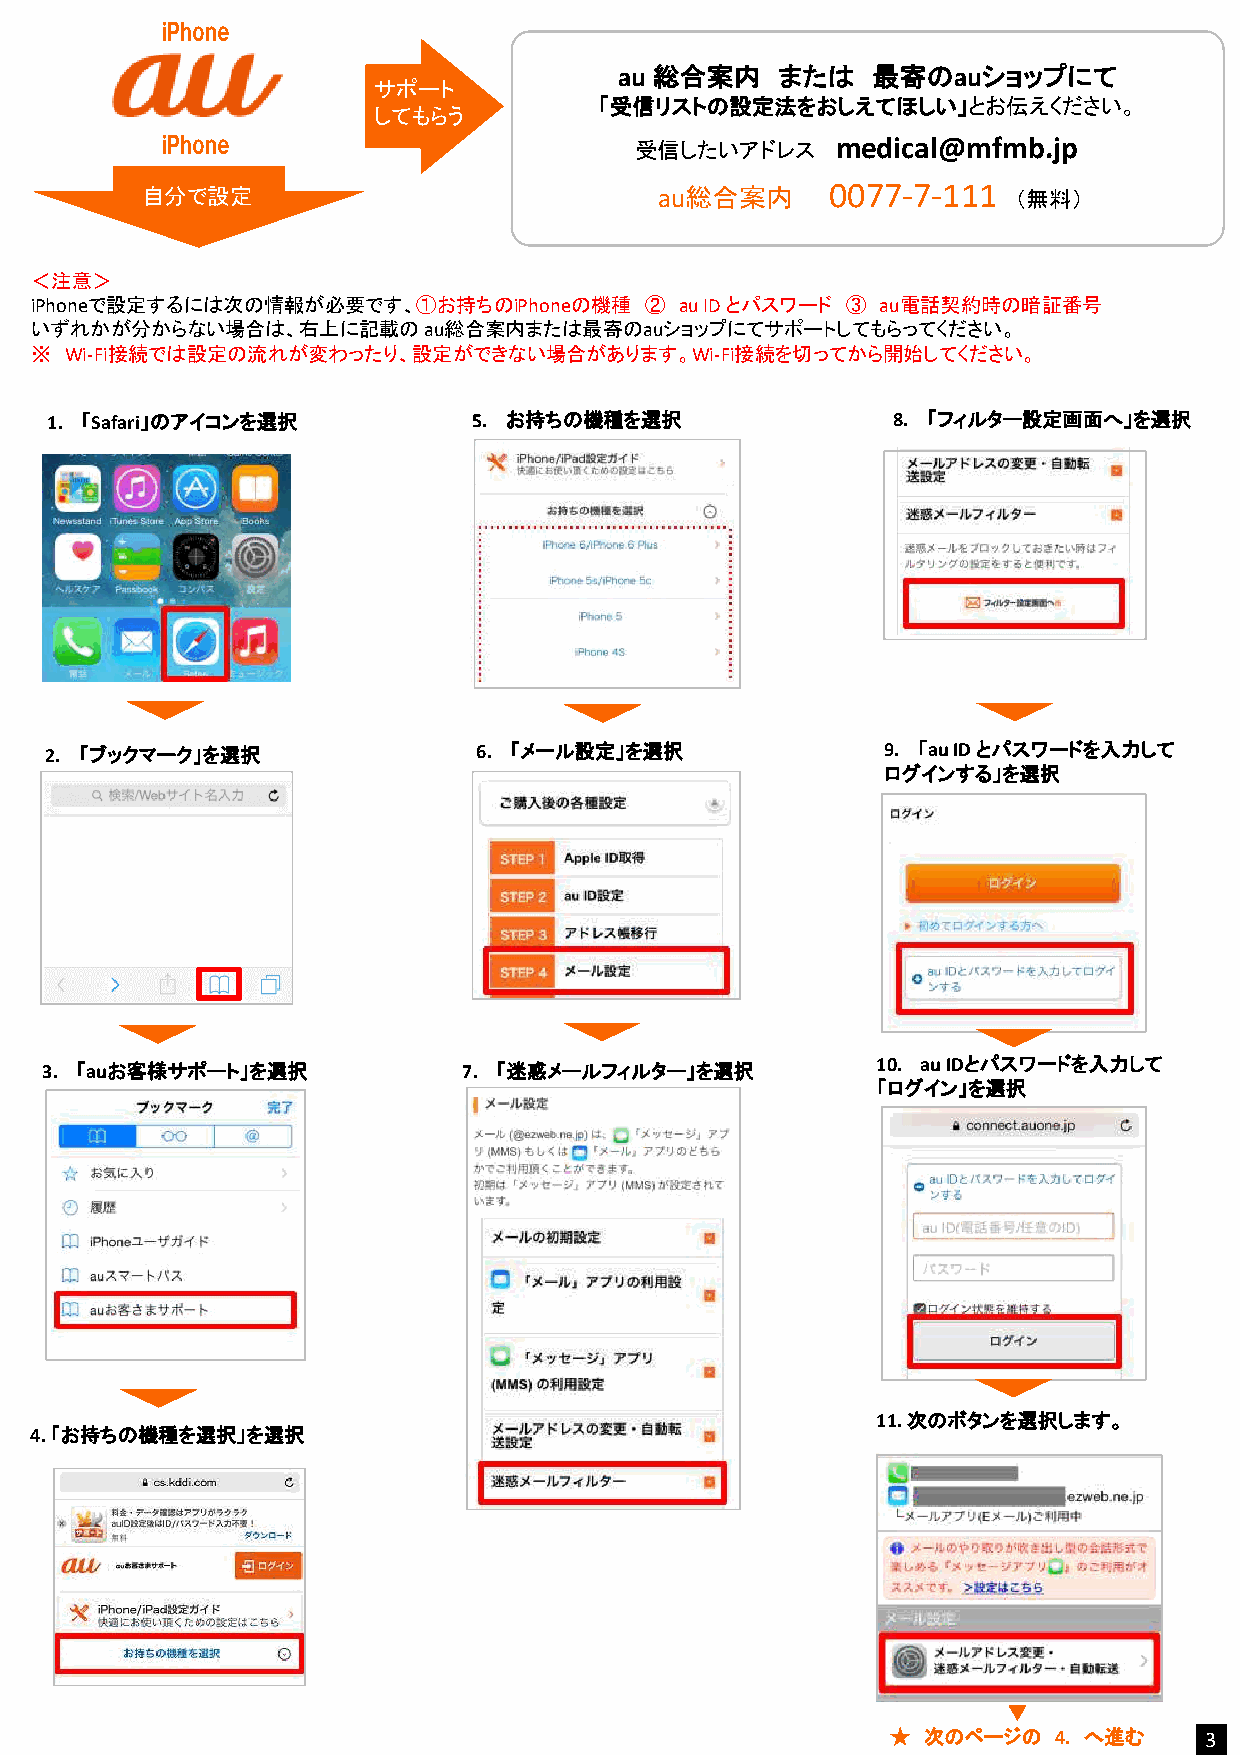
iPhone
 au 総合案内    または   最寄のauショップにて
 サポート
 「受信リストの設定法をおしえてほしい」とお伝えください。
 してもらう
 iPhone                         受信したいアドレス    medical@mfmb.jp
 0077-7-111
 自分で設定                              au総合案内                 （無料）
 ＜注意＞
 iPhoneで設定するには次の情報が必要です、①お持ちのiPhoneの機種    ② au ID とパスワード ③ au電話契約時の暗証番号
 いずれかが分からない場合は、右上に記載のau総合案内または最寄のauショップにてサポートしてもらってください。
 ※ Wi-Fi接続では設定の流れが変わったり、設定ができない場合があります。Wi-Fi接続を切ってから開始してください。
 1. 「Safari」のアイコンを選択         5. お持ちの機種を選択                8. 「フィルター設定画面へ」を選択
 2. 「ブックマーク」を選択               6. 「メール設定」を選択             9. 「au ID とパスワードを入力して
 ログインする」を選択
 10. au IDとパスワードを入力して
 3. 「auお客様サポート」を選択           7. 「迷惑メールフィルター」を選択
 「ログイン」を選択
 11. 次のボタンを選択します。
 4. 「お持ちの機種を選択」を選択
 ▼
 ★ 次のページの   4. へ進む    3